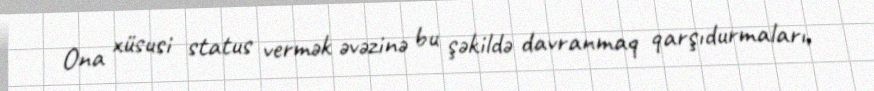
Ona xüsusi status vermək əvəzinə bu şəkildə davranmaq qarşıdurmaları,